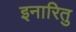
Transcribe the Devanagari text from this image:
इनारितु